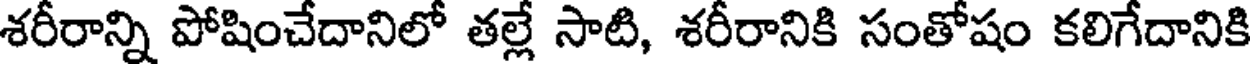
శరీరాన్ని పోషించేదానిలో తల్లే సాటి, శరీరానికి సంతోషం కలిగేదానికి